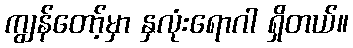
ကျွန်တော့်မှာ နှလုံးရောဂါ ရှိတယ်။